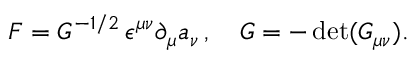
F = { \cal G } ^ { - 1 / 2 } \, \epsilon ^ { \mu \nu } \partial _ { \mu } a _ { \nu } \, , \quad { \cal G } = - \operatorname * { d e t } ( { \cal G } _ { \mu \nu } ) .